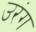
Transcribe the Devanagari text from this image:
उरंग